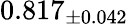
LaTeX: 0.817_{\pm 0.042}